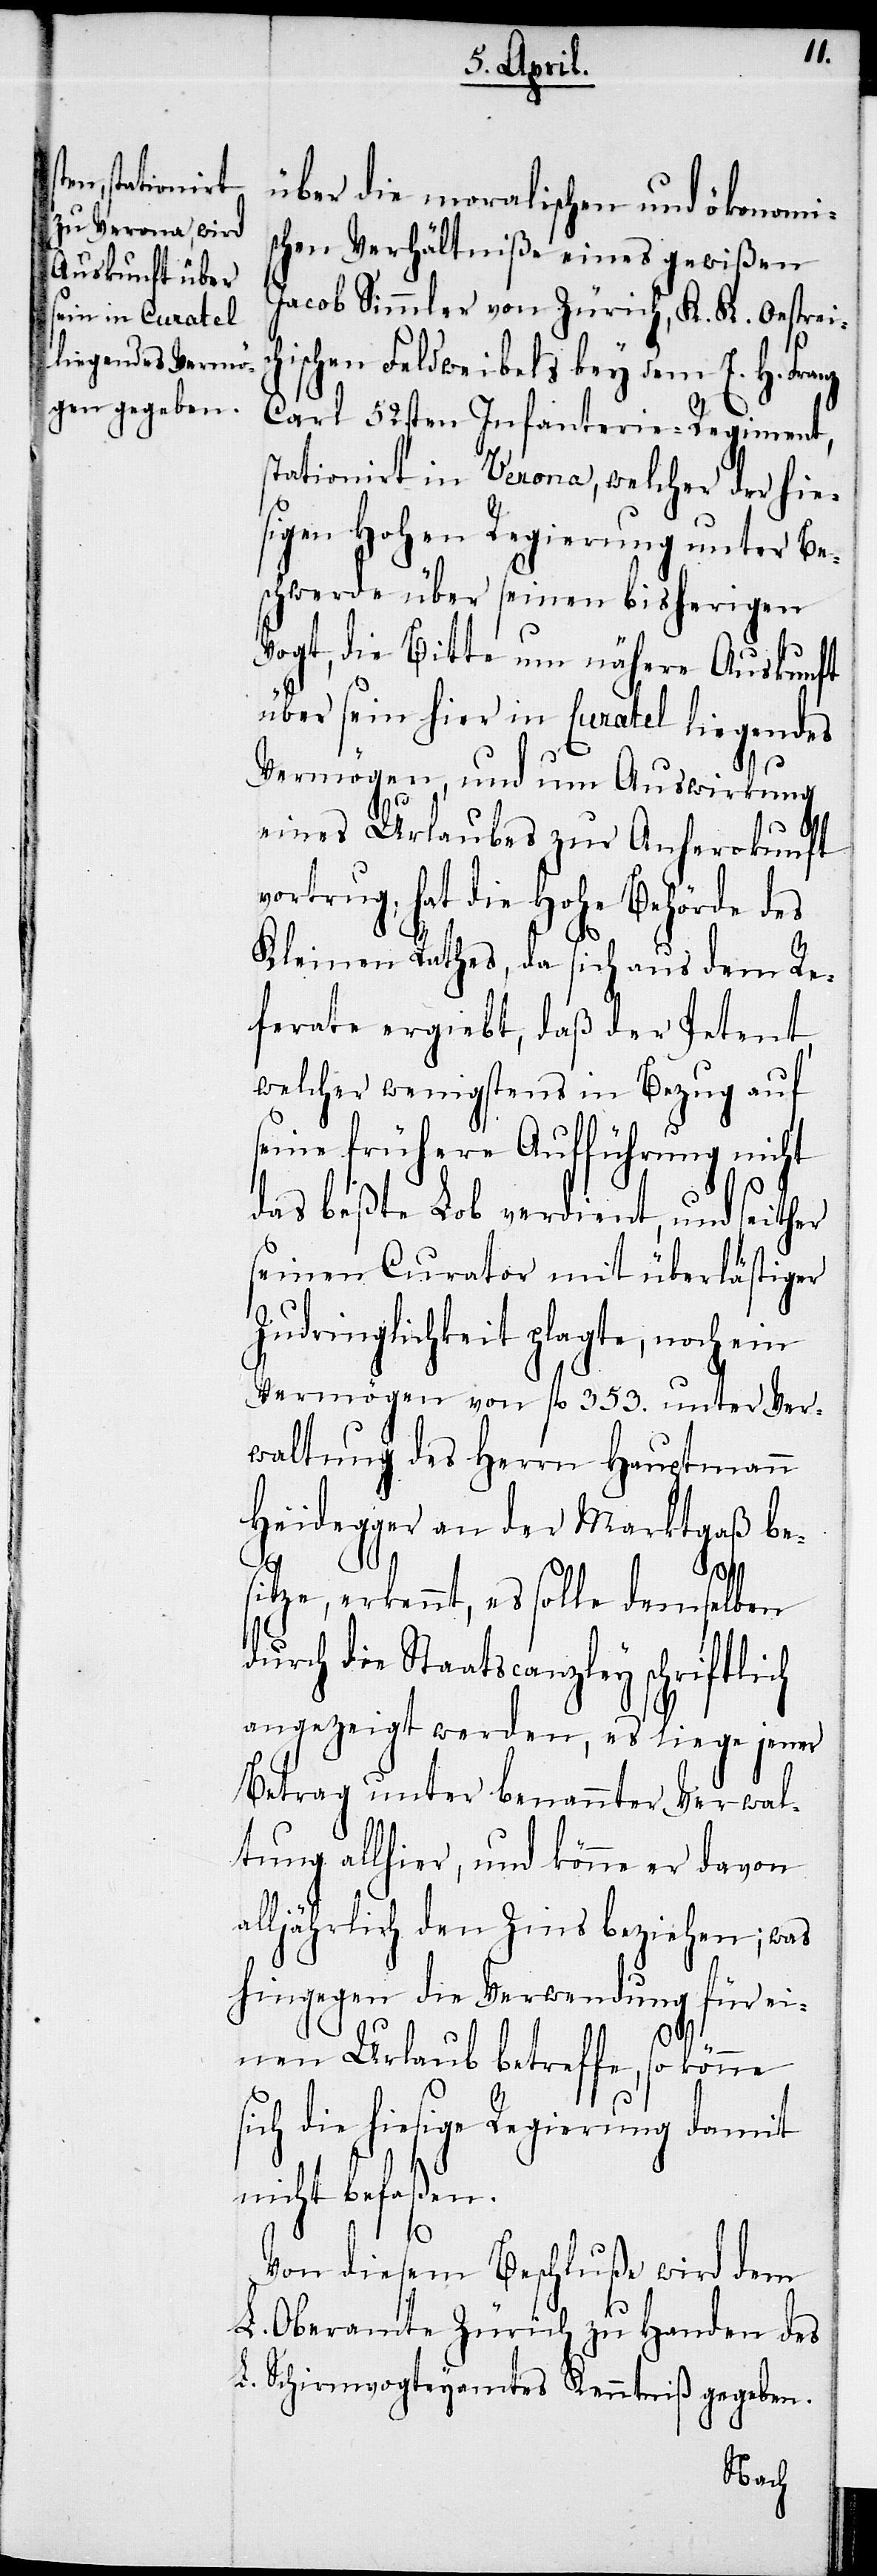
über die moralischen und ökonomi¬
schen Verhältniße eines gewißen
Jacob Simmler von Zürich, K. K. Oestreic¬
hischen Feldweibels bey dem E. H. Fra¬
Carl 52sten Infanterie-Regiment,
stationirt in Verona, welcher der hie¬
sigen Hohen Regierung unter Be¬
schwerde über seinen bisherigen
Vogt, die Bitte um nähere Auskunft
über sein hier in Curatel liegendes
Vermögen, und um Auswirkung
eines Urlaubes zur Anherokunft
vortrug, hat die Hohe Behörde des
nz
Kleinen Rathes, da sich aus dem Re¬
ferate ergiebt, daß der Petent,
welcher wenigstens in Bezug auf
seine frühere Aufführung nicht
das beßte Lob verdient, und seither
seinen Curator mit überlästiger
Zudringlichkeit plagte, noch ein
Vermögen von fl. 353. unter Ver¬
waltung des Herrn Hauptmann
Heidegger an der Marktgaß be¬
sitze, erkennt, es solle demselben
durch die Staatscanzley schriftlich
angezeigt werden, es liege jener
Betrag unter benannter Verwal¬
tung allhier, und könne er davon
alljährlich den Zins beziehen; was
hingegen die Verwendung für ei¬
nen Urlaub betreffe, so könne
sich die hiesige Regierung damit
nicht befaßen.
Von diesem Beschluße wird dem
L. Oberamte Zürich zu Handen des
L. Schirmvogteyamtes Kenntniß gegeben.